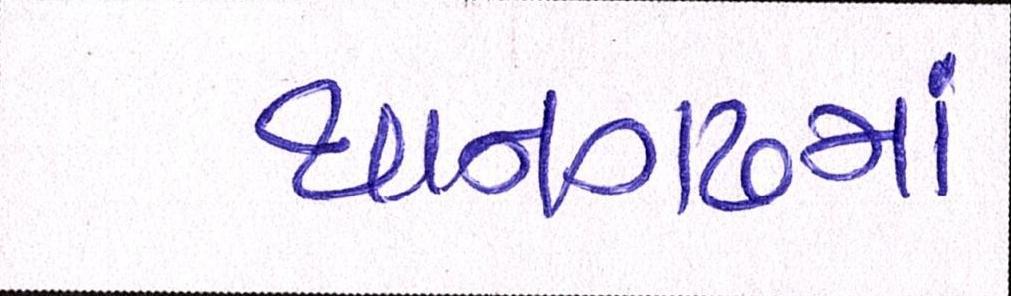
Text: થાનગઢમાં